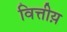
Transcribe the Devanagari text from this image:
वित्तीय़